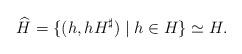
LaTeX: \begin{align*}\widehat H = \lbrace (h, hH^\sharp) \mid h \in H \rbrace \simeq H.\end{align*}